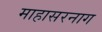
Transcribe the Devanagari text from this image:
माहासरनाग